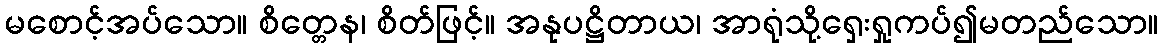
မစောင့်အပ်သော။ စိတ္တေန၊ စိတ်ဖြင့်။ အနုပဋ္ဌိတာယ၊ အာရုံသို့ရှေးရှုကပ်၍မတည်သော။